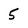
Character: 5